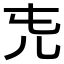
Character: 𠑸